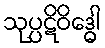
သုပ္ပဋိဝိဒ္ဓေါ